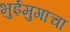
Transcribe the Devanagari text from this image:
भुईमुगाचा